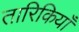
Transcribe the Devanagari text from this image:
तारिकियाँ